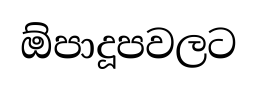
ඕපාදූපවලට